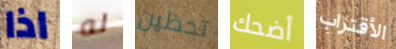
اذا له تحظين أضحك الأقتراب